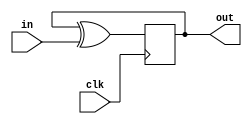
module top_module (
    input clk,
    input in, 
    output out);
    
	wire d;
    wire out_temp;
    
    assign out_temp = out;
    assign d = out_temp ^ in;
    
    always@(posedge clk) begin
    	out = d;    
    end
endmodule